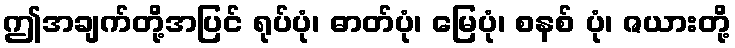
ဤအချက်တို့အပြင် ရုပ်ပုံ၊ ဓာတ်ပုံ၊ မြေပုံ၊ စနစ် ပုံ၊ ဇယားတို့